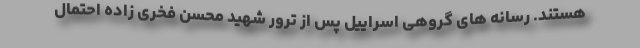
هستند. رسانه های گروهی اسراییل پس از ترور شهید محسن فخری زاده احتمال